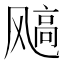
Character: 𩙮